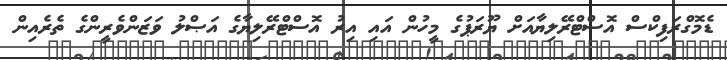
ޑެމޮގްރަފިކްސް އޮސްޓްރޭލިޔާއަށް ޔޫރަޕުގެ މީހުން އައި އިރު އޮސްޓްރޭލިޔާގެ އަޞްލު ވަޒަންވެރީންގެ ތެރެއިން